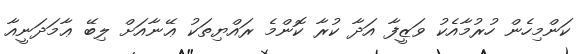
ކަންމިހެން ހުރުމާއެކު ވަޒީފާ އަދާ ކުރާ ކޮންމެ ރައްޔިތަކު ޢޭނާއަށް ލިބޭ ޢާމަދަނީއާ